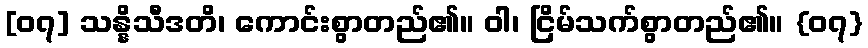
[၀၇] သန္နိသီဒတိ၊ ကောင်းစွာတည်၏။ ဝါ၊ ငြိမ်သက်စွာတည်၏။ {၀၇}